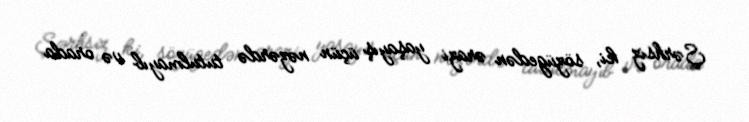
Şərhsiz ki, sözügedən ərazi yaşayış üçün nəzərdə tutulmayıb və orada